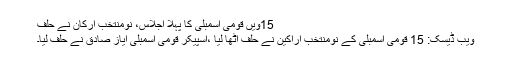
15ویں قومی اسمبلی کا پہلا اجلاس، نومنتخب ارکان نے حلف
ویب ڈیسک: 15 قومی اسمبلی کے نومنتخب اراکین نے حلف اٹھا لیا ،اسپیکر قومی اسمبلی ایاز صادق نے حلف لیا۔